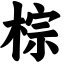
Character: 棕